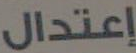
إعتدال